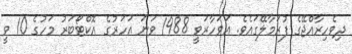
ދިވެހިރާއްޖޭގެ ފުރަމާލޭގައެވެ. އަވަހާރަވީ 1988 ވަނަ އަހަރުގެ އޮކްޓޯބަރު މަހުގެ 10 ވީ